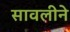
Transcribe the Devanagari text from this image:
सावलीने